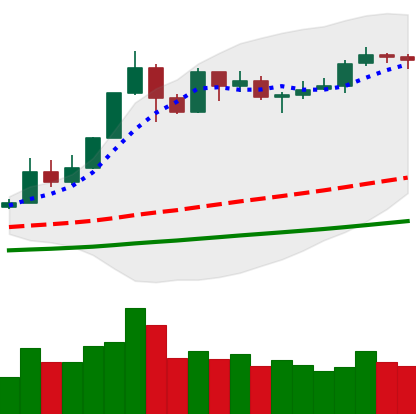
Ticker: ETH-USD
Chart end date: 2019-05-29
Forward return: -6.253%
Label: down_5_7